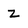
Character: z